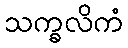
သက္ခလိကံ